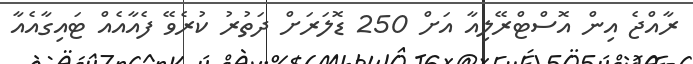
ރާއްޖެ އިން އޮސްޓްރޭލިއާ އަށް 250 ޑޮލަރަށް ދަތުރު ކުރެވޭ ފެއާއެއް ޓައިގާއެއާ